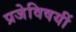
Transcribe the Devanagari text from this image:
प्रजेविषयीं